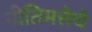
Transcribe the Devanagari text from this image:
नीतिमत्तेचे